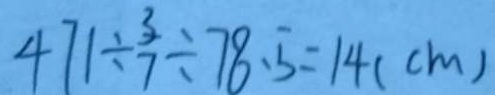
4 7 1 \div \frac { 3 } { 7 } \div 7 8 . 5 = 1 4 ( c m )